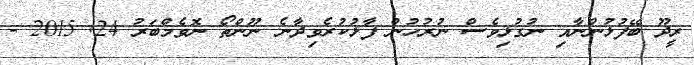
ރީދޫ ބޭފުޅުންނާއި ނުގުޅިވެސް ނުރުހުން ފާޅުކުރެވިދާނެ ނޫންތޯ ނޮވެމްބަރު 24